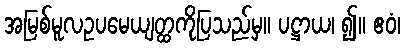
အမြစ်မူလဥပမေယျတ္ထကိုပြသည်မှ။ ပဋ္ဌာယ၊ ၍။ ဧဝံ၊